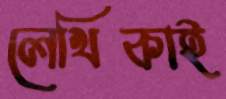
লেখিকাই